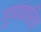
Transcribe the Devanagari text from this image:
गुणांकरिता